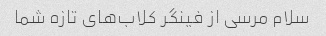
سلام مرسی از فینگر کلاب‌های تازه شما